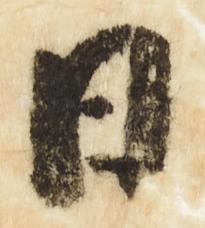
日